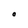
Character: O